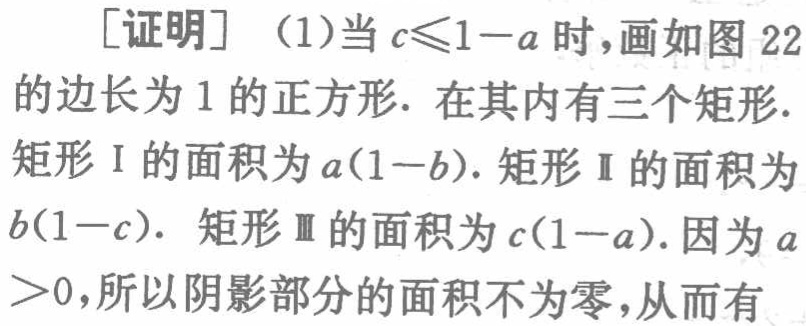
[证明]（1）当\(c\leqslant1 - a\)时，画如图22的边长为1的正方形. 在其内有三个矩形. 矩形Ⅰ的面积为\(a(1 - b)\). 矩形Ⅱ的面积为\(b(1 - c)\). 矩形Ⅲ的面积为\(c(1 - a)\). 因为\(a>0\)，所以阴影部分的面积不为零，从而有